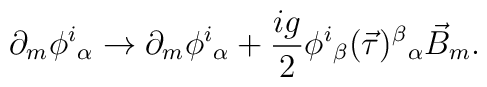
\partial_m\phi^i{}_\alpha \to \partial_m\phi^i{}_\alpha+\frac{ig}{2}\phi^i{}_\beta(\vec{\tau})^\beta{}_\alpha\vec{B}_m.